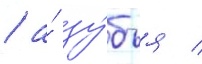
/ а́ зу́бья /